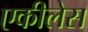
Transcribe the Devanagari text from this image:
एकीलेस